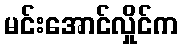
မင်းအောင်လှိုင်က